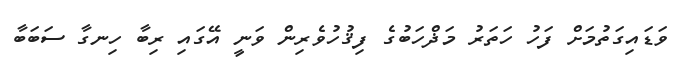
ވަޑައިގަތުމަށް ފަހު ހަތަރު މަޛްހަބުގެ ފިޤުހުވެރިން ވަނީ އޭގައި ރިބާ ހިނގާ ސަބަބާ